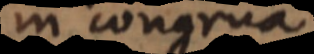
in congrua.